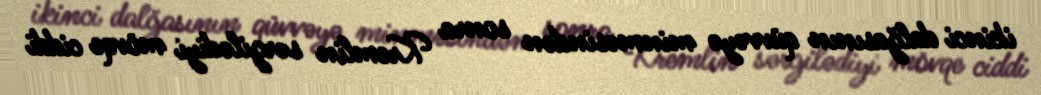
ikinci dalğasının qüvvəyə minməsindən sonra Kremlin sərgilədiyi mövqe ciddi